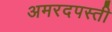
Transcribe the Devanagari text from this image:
अमरदपस्ती